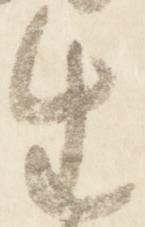
生